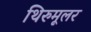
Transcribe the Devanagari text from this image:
थिरुमूलर